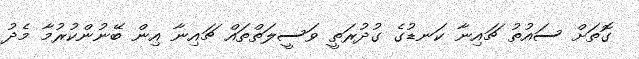
ގޮތަށް ސައުތު ޗައިނާ ކަނޑުގެ ގުދުރަތީ ވަސީލަތްތައް ޗައިނާ އިން ބޭނުންކުރުމާ މެދު